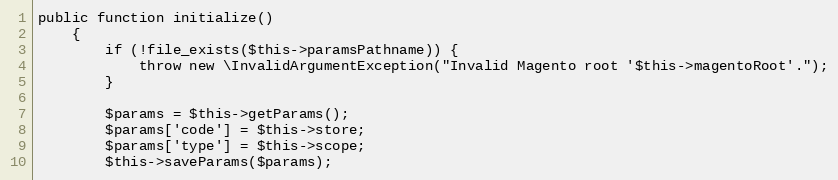
Language: PHP
public function initialize()
    {
        if (!file_exists($this->paramsPathname)) {
            throw new \InvalidArgumentException("Invalid Magento root '$this->magentoRoot'.");
        }

        $params = $this->getParams();
        $params['code'] = $this->store;
        $params['type'] = $this->scope;
        $this->saveParams($params);